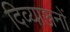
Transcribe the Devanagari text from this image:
दिव्याञ्जनों